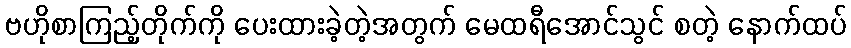
ဗဟိုစာကြည့်တိုက်ကို ပေးထားခဲ့တဲ့အတွက် မေထရီအောင်သွင် စတဲ့ နောက်ထပ်